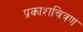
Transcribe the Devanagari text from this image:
प्रकाशचित्रण